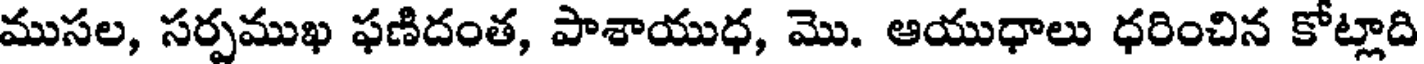
ముసల, సర్పముఖ ఫణిదంత, పాశాయుధ, మొ. ఆయుధాలు ధరించిన కోట్లాది